Annual report on the health of the army in India
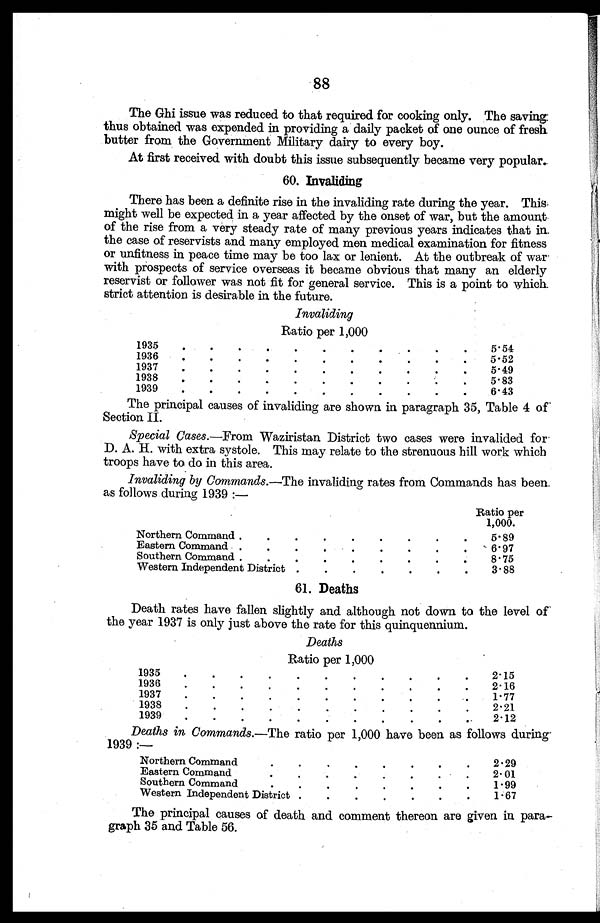
88
The Ghi issue was reduced to that required for cooking only. The saving
thus obtained was expended in providing a daily packet of one ounce of fresh
butter from the Government Military dairy to every boy.
At first received with doubt this issue subsequently became very popular.
60. Invaliding
There has been a definite rise in the invaliding rate during the year. This.
might well be expected in a year affected by the onset of war, but the amount
of the rise from a very steady rate of many previous years indicates that in
the case of reservists and many employed men medical examination for fitness
or unfitness in peace time may be too lax or lenient. At the outbreak of war.
with prospects of service overseas it became obvious that many an elderly
reservist or follower was not fit for general service. This is a point to which
strict attention is desirable in the future.
Invaliding
Ratio per 1,000
1935 . . .
5.54
1936. . .
5.52
1937 . . .
5.49
1938 . . .
5.83
1939 . . .
6.43
The principal causes of invaliding are shown in paragraph 35, Table 4 of
Section II.
Special Cases.—From Waziristan District two cases were invalided for
D. A. H. with extra systole. This may relate to the strenuous hill work which
troops have to do in this area.
Invaliding by Commands.— The invaliding rates from Commands has been
as follows during 1939 :—
Ratio per
1,000.
Northern Command . . .
5.89
Eastern Command . . .
6.97
Southern Command. . .
8.75
Western Independent District . . .
3.88
61. Deaths
Death rates have fallen slightly and although not down to the level of
the year 1937 is only just above the rate for this quinquennium.
Deaths
Ratio per 1,000
1935. . .
2.15
1936 . . .
2.16
1937 . . .
1.77
1938 . . ..
2.21
1 9 3 9 . . .
2.12
Deaths in Commands.—The ratio per 1,000 have been as follows during
1939 :—
Northern Command . . .
2.29
Eastern Command
2.01
S outhern Command. . . .
1.99
Western Independent District . . .
1.67
The principal causes of death and comment thereon are given in para-
graph 35 and Table 56.